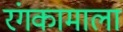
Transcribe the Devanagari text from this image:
रंगकामाला